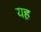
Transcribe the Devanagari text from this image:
यह़